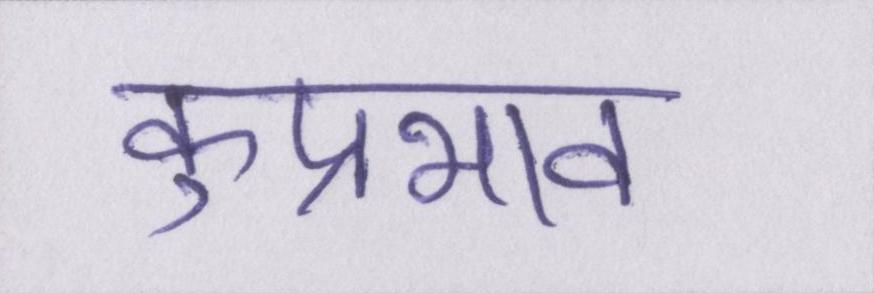
कुप्रभाव